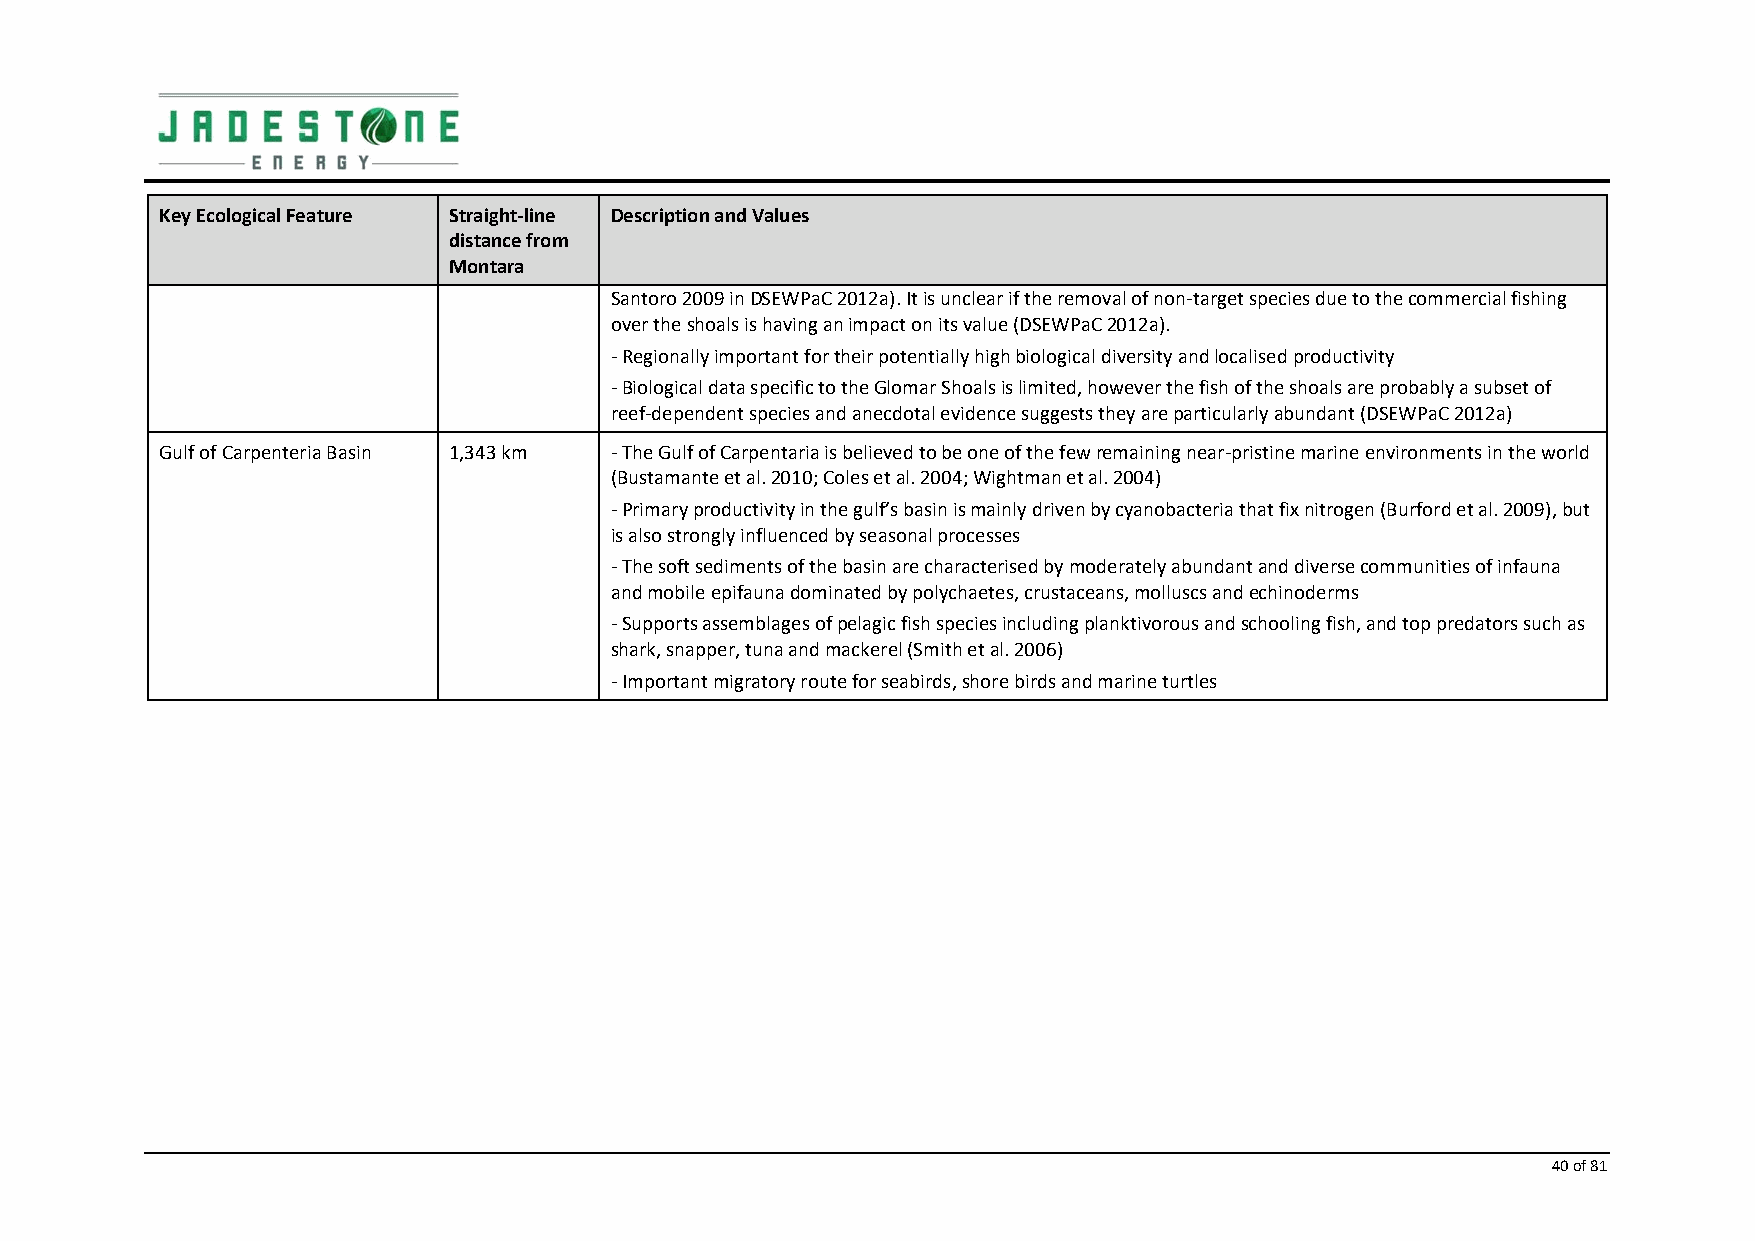
Key Ecological Feature Straight‐line Description and Values
 distance from
 Montara
 Santoro 2009 in DSEWPaC 2012a). It is unclear if the removal of non‐target species due to the commercial fishing
 over the shoals is having an impact on its value (DSEWPaC 2012a).
 ‐ Regionally important for their potentially high biological diversity and localised productivity
 ‐ Biological data specific to the Glomar Shoals is limited, however the fish of the shoals are probably a subset of
 reef‐dependent species and anecdotal evidence suggests they are particularly abundant (DSEWPaC 2012a)
 Gulf of Carpenteria Basin 1,343 km ‐ The Gulf of Carpentaria is believed to be one of the few remaining near‐pristine marine environments in the world
 (Bustamante et al. 2010; Coles et al. 2004; Wightman et al. 2004)
 ‐ Primary productivity in the gulf’s basin is mainly driven by cyanobacteria that fix nitrogen (Burford et al. 2009), but
 is also strongly influenced by seasonal processes
 ‐ The soft sediments of the basin are characterised by moderately abundant and diverse communities of infauna
 and mobile epifauna dominated by polychaetes, crustaceans, molluscs and echinoderms
 ‐ Supports assemblages of pelagic fish species including planktivorous and schooling fish, and top predators such as
 shark, snapper, tuna and mackerel (Smith et al. 2006)
 ‐ Important migratory route for seabirds, shore birds and marine turtles
 40 of 81